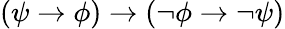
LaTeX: (\psi\to\phi)\to(\neg\phi\to\neg\psi)